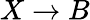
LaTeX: X\rightarrow B